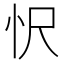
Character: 𢗜